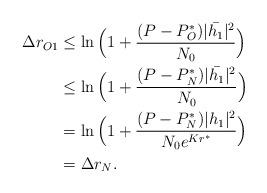
LaTeX: \begin{align*} \begin{aligned}\Delta r_{O1} &\leq \ln \Big(1+ \frac{(P-P_O^*)|\bar{h_1}|^2}{N_0}\Big)\\ &\leq \ln \Big(1+ \frac{(P-P_N^*)|\bar{h_1}|^2}{N_0}\Big)\\&= \ln \Big(1+ \frac{(P-P_N^*)|{h_1}|^2}{N_0e^{Kr^*}}\Big)\\& = \Delta r_N.\end{aligned}\end{align*}